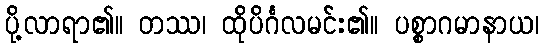
ပို့လာရာ၏။ တဿ၊ ထိုပိင်္ဂလမင်း၏။ ပစ္စာဂမာနာယ၊